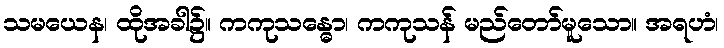
သမယေန၊ ထိုအခါ၌။ ကကုသန္ဓော၊ ကကုသန် မည်တော်မူသော။ အရဟံ၊